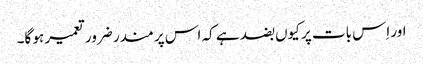
اور اِس بات پر کیوں بضد ہے کہ اس پر مندر ضرور تعمیر ہو گا۔